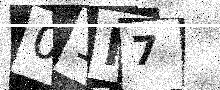
Text: 01N7